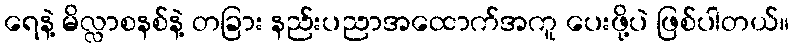
ရေနဲ့ မိလ္လာစနစ်နဲ့ တခြား နည်းပညာအထောက်အကူ ပေးဖို့ပဲ ဖြစ်ပါတယ်။